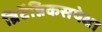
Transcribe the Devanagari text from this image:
ब्रिटॅन्निकसपेक्षा